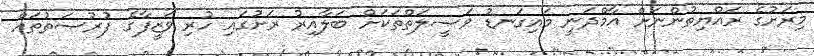
މިރަށުގެ ރައްޔިތުންނަށް އާމްދަނީ މައިގަނޑު ވަޞީލަތްތަކަށް ބަލާއިރު ރަށުގައި ހުރި ވަޒީފާގެ ފުރުޞަތުތައް